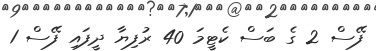
ފޭސް 2 ގެ ބަސް ކެޓީމަ 40 ރުފިޔާ ދީފައި ފޭސް 1